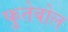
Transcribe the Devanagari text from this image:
फुतेबोल